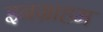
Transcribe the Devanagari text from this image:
इनग्राहम